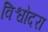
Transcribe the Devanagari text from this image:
विश्वोदरा